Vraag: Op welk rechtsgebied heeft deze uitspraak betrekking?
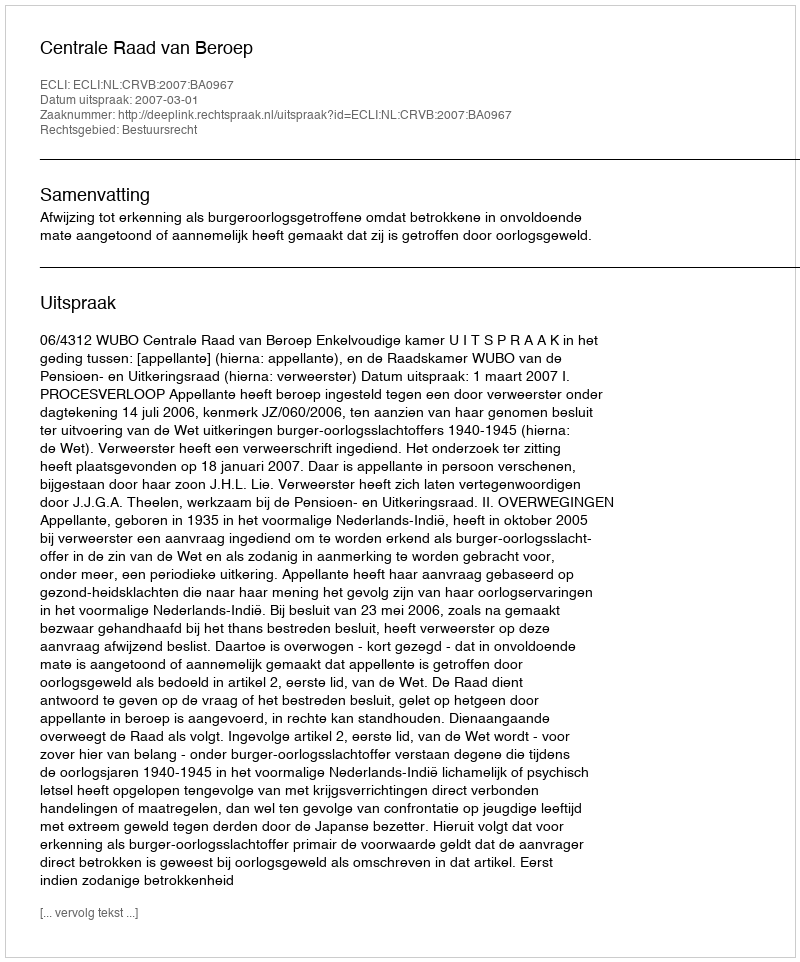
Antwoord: Bestuursrecht